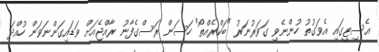
އެސިޓީގައި އެވަގުތު ހުންނެވި ގަވަރުނަރު "ބަކްރެއްތޯ" ހަސަން ރަސްގެފާނު ރާއްޖެއަށް ވަޑައިގަންނަވަން ހުއްދަ